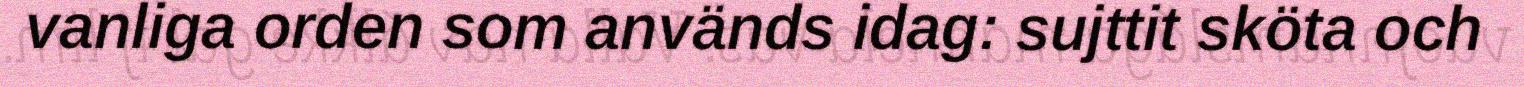
vanliga orden som används idag: sujttit sköta och